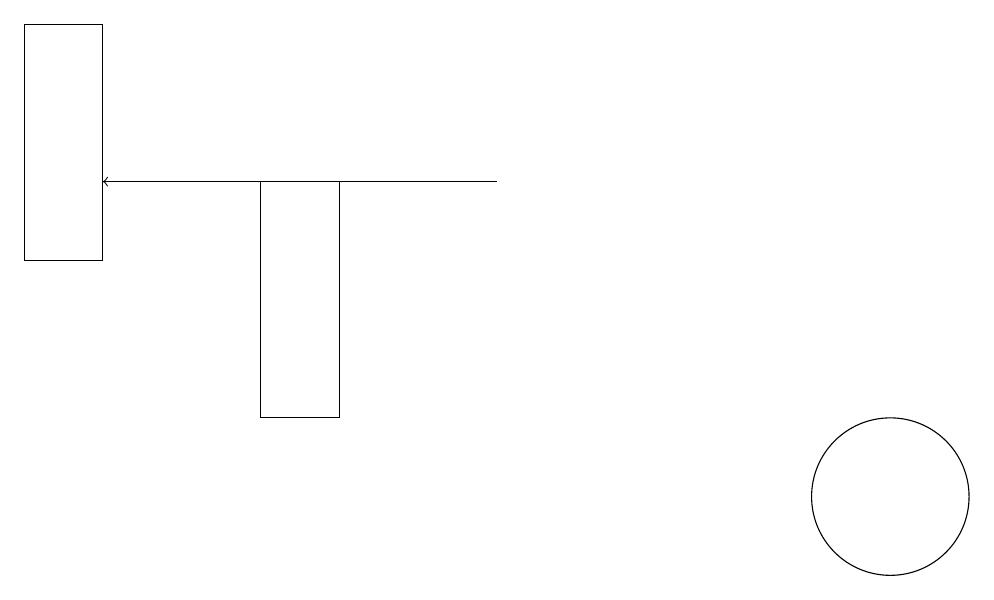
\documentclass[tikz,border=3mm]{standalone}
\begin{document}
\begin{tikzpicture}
\draw[->] (7,14) -- (2,14);
\draw (2,13) rectangle (1,16);
\draw (12,10) circle (1);
\draw (4,11) rectangle (5,14);
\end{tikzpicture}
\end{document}